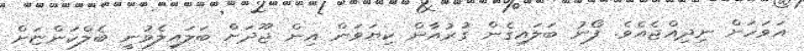
އަވަހަށް ނިދިއްޖެއެވެ. ފޯނު ބަލައިގެން ގުރުއާން ކިޔަވަން އިން ޖޫދަށް ބަލައިލެވުނީ ބެލްކަންޏަށް